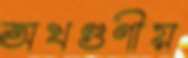
অখণ্ডণীয়